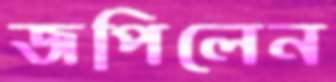
জপিলেন